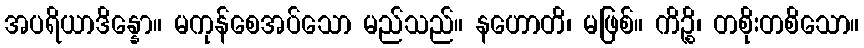
အပရိယာဒိန္နော။ မကုန်စေအပ်သော မည်သည်။ နဟောတိ၊ မဖြစ်။ ကိဉ္စိ၊ တစိုးတစိသော။